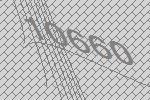
10660